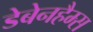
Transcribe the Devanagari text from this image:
डेबेनहैम्स